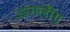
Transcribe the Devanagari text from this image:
आंगलॉँग